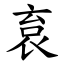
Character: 袬